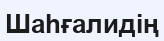
Шаһғалидің